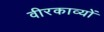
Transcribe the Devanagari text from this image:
वीरकाव्यों